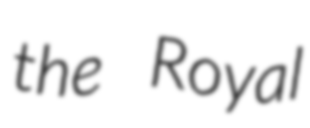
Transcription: the Royal